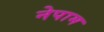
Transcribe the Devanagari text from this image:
नेपाम